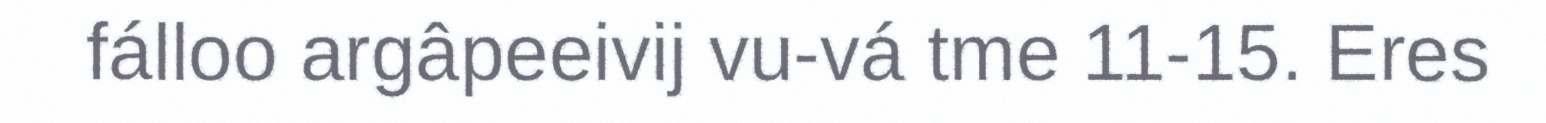
fálloo argâpeeivij vu-vá tme 11-15. Eres